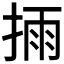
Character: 𢮳